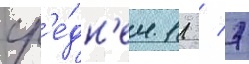
ср'е́дн'ем 11 / 7